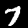
Digit: 7